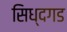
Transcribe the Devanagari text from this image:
सिध्दगड